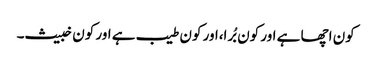
کون اچھا ہے اور کون بُرا،اور کون طیب ہے اور کون خبیث۔